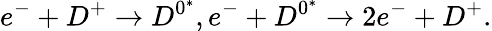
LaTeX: e^{-}+D^{+}\rightarrow D^{0^{*}},e^{-}+D^{0^{*}}\rightarrow 2e^{-}+D^{+}.